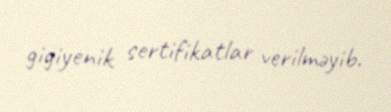
gigiyenik sertifikatlar verilməyib.